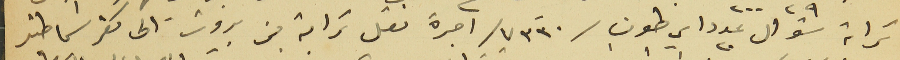
ترابة شوال عدد ٢٠ اي طون /٧٣٣٠/ آجرة نقل ترابة من بيروت الى كفرشيما طن